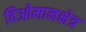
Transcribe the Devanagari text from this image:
विओमानक्षेत्र